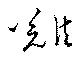
難